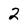
Character: 2